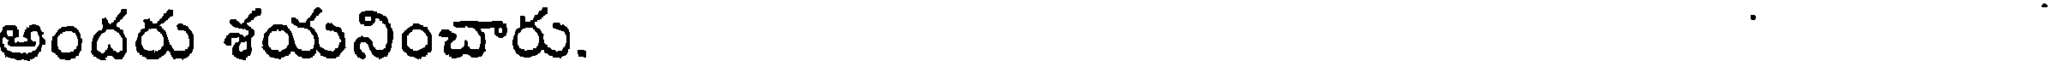
అందరు శయనించారు.